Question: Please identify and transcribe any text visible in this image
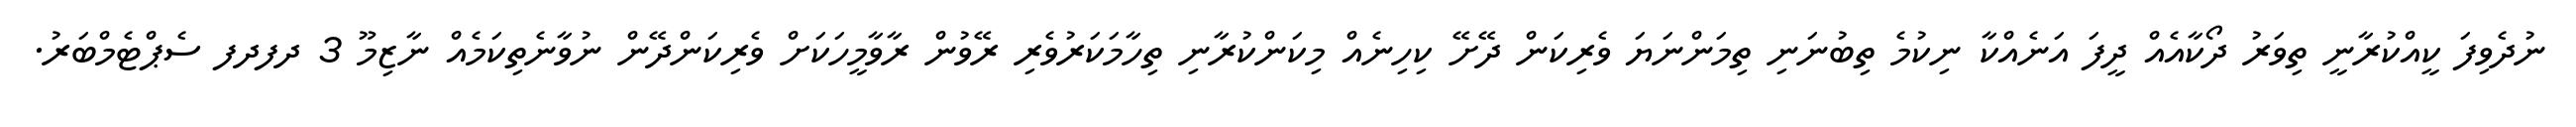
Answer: ނުދެވިފަ ކީއްކުރާނީ ތިވަރު ދޯކާއެއް ދީފަ އަނެއްކާ ނިކުމެ ތިބުނަނި ތިމަންނަޔަ ވެރިކަން ދޭށޭ ކިހިނެއް މިކަންކުރާނި ތިހާމަކަރުވެރި ރޭވުން ރާވާމީހަކަށް ވެރިކަންދޭން ނުވާނެތިކަމެއް ނާޒިމޫ 3 ދފދފ ސެޕްޓެމްބަރު.